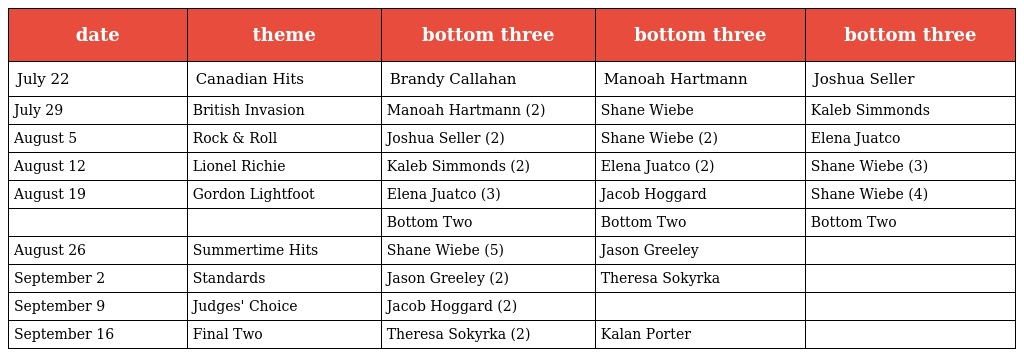
| date | theme | bottom three | bottom three | bottom three |
 | --- | --- | --- | --- | --- |
 | July 22 | Canadian Hits | Brandy Callahan | Manoah Hartmann | Joshua Seller |
 | July 29 | British Invasion | Manoah Hartmann (2) | Shane Wiebe | Kaleb Simmonds |
 | August 5 | Rock & Roll | Joshua Seller (2) | Shane Wiebe (2) | Elena Juatco |
 | August 12 | Lionel Richie | Kaleb Simmonds (2) | Elena Juatco (2) | Shane Wiebe (3) |
 | August 19 | Gordon Lightfoot | Elena Juatco (3) | Jacob Hoggard | Shane Wiebe (4) |
 |  |  | Bottom Two | Bottom Two | Bottom Two |
 | August 26 | Summertime Hits | Shane Wiebe (5) | Jason Greeley |  |
 | September 2 | Standards | Jason Greeley (2) | Theresa Sokyrka |  |
 | September 9 | Judges' Choice | Jacob Hoggard (2) |  |  |
 | September 16 | Final Two | Theresa Sokyrka (2) | Kalan Porter |  |